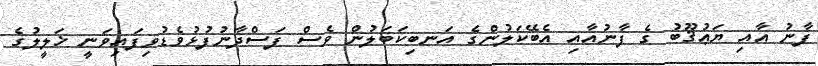
ފާނު އާއި ޔަޢުޤޫބު ގެ ފާނުއާއި އެބޭކަލުންގެ އަނބިކަބަލުން ވެސް ފަސްދާނުފުޅުވެޑުވިފައިވަނީ ޚަލީލުގެ